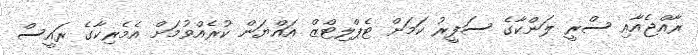
ރާއްޖެއާއި ސްރީ ލަންކާގެ ސަފީރު ކަމަށް ޓެޕްލިޓްޒް އައްޔަން ކުރެއްވުމަށް އެމެރިކާގެ ރައީސް